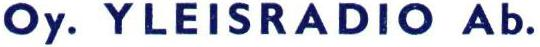
Oy. YLEISRADIO Ab.